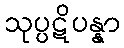
သုပ္ပဋိပန္နာ